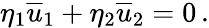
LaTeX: \eta_{1}{\overline{{u}}}_{1}+\eta_{2}{\overline{{u}}}_{2}=0\, .